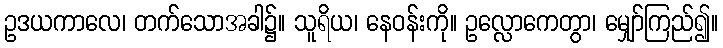
ဥဒယကာလေ၊ တက်သောအခါ၌။ သူရိယ၊ နေဝန်းကို။ ဥလ္လောကေတွာ၊ မျှော်ကြည်၍။